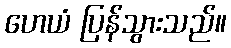
ဟေယံ ပြန်သွားသည်။